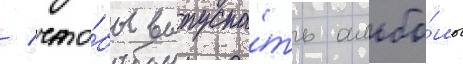
/ что́бы выпуска́ть альбо́мы